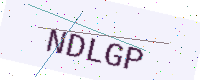
Text: NDLGP